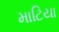
માટિયા